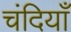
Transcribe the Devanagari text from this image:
चंदियाँ